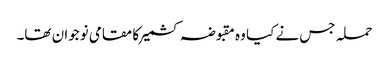
حملہ جس نے کیا وہ مقبوضہ کشمیر کا مقامی نوجوان تھا۔